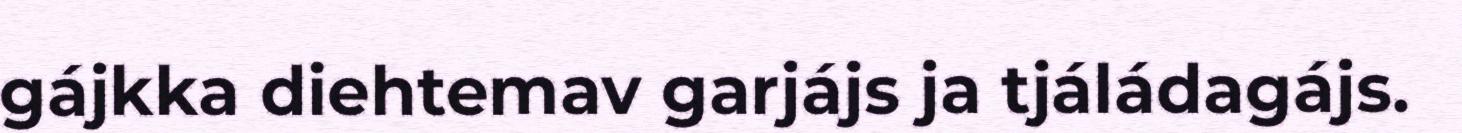
gájkka diehtemav garjájs ja tjáládagájs.